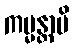
ကမ္မန္တာပိ